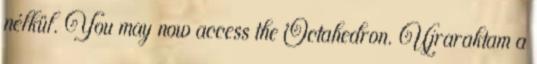
nélkül. You may now access the Octahedron. Újraraktam a